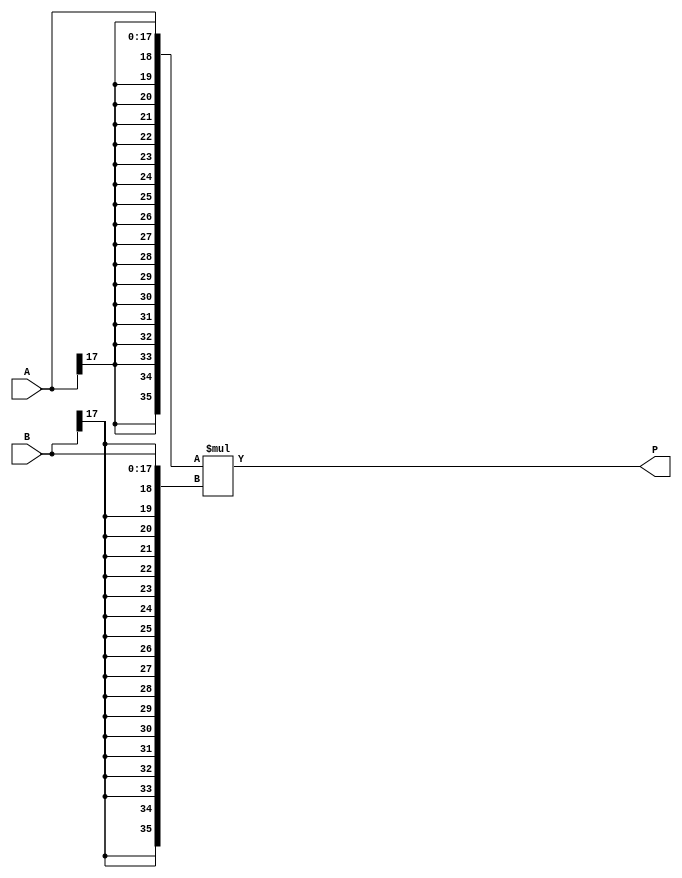
// $Header: /devl/xcs/repo/env/Databases/CAEInterfaces/verunilibs/s/MULT18X18.v,v 1.8.22.1 2003/11/18 20:41:37 wloo Exp $

/*

FUNCTION	: 18X18 Signed Multiplier

*/

`timescale  100 ps / 10 ps

module MULT18X18 (P, A, B);

    output [35:0] P;

    input  [17:0] A;
    input  [17:0] B;

    wire [35:0] a_in, b_in;
    reg [35:0] p_out;
    wire p0_out, p1_out, p2_out, p3_out, p4_out, p5_out, p6_out, p7_out, p8_out, p9_out, p10_out, p11_out, p12_out, p13_out, p14_out, p15_out, p16_out, p17_out, p18_out, p19_out, p20_out, p21_out, p22_out, p23_out, p24_out, p25_out, p26_out, p27_out, p28_out, p29_out, p30_out, p31_out, p32_out, p33_out, p34_out, p35_out;

    buf A0 (a_in[0], A[0]);
    buf A1 (a_in[1], A[1]);
    buf A2 (a_in[2], A[2]);
    buf A3 (a_in[3], A[3]);
    buf A4 (a_in[4], A[4]);
    buf A5 (a_in[5], A[5]);
    buf A6 (a_in[6], A[6]);
    buf A7 (a_in[7], A[7]);
    buf A8 (a_in[8], A[8]);
    buf A9 (a_in[9], A[9]);
    buf A10 (a_in[10], A[10]);
    buf A11 (a_in[11], A[11]);
    buf A12 (a_in[12], A[12]);
    buf A13 (a_in[13], A[13]);
    buf A14 (a_in[14], A[14]);
    buf A15 (a_in[15], A[15]);
    buf A16 (a_in[16], A[16]);
    buf A17 (a_in[17], A[17]);
    buf A18 (a_in[18], A[17]);
    buf A19 (a_in[19], A[17]);
    buf A20 (a_in[20], A[17]);
    buf A21 (a_in[21], A[17]);
    buf A22 (a_in[22], A[17]);
    buf A23 (a_in[23], A[17]);
    buf A24 (a_in[24], A[17]);
    buf A25 (a_in[25], A[17]);
    buf A26 (a_in[26], A[17]);
    buf A27 (a_in[27], A[17]);
    buf A28 (a_in[28], A[17]);
    buf A29 (a_in[29], A[17]);
    buf A30 (a_in[30], A[17]);
    buf A31 (a_in[31], A[17]);
    buf A32 (a_in[32], A[17]);
    buf A33 (a_in[33], A[17]);
    buf A34 (a_in[34], A[17]);
    buf A35 (a_in[35], A[17]);
    buf B0 (b_in[0], B[0]);
    buf B1 (b_in[1], B[1]);
    buf B2 (b_in[2], B[2]);
    buf B3 (b_in[3], B[3]);
    buf B4 (b_in[4], B[4]);
    buf B5 (b_in[5], B[5]);
    buf B6 (b_in[6], B[6]);
    buf B7 (b_in[7], B[7]);
    buf B8 (b_in[8], B[8]);
    buf B9 (b_in[9], B[9]);
    buf B10 (b_in[10], B[10]);
    buf B11 (b_in[11], B[11]);
    buf B12 (b_in[12], B[12]);
    buf B13 (b_in[13], B[13]);
    buf B14 (b_in[14], B[14]);
    buf B15 (b_in[15], B[15]);
    buf B16 (b_in[16], B[16]);
    buf B17 (b_in[17], B[17]);
    buf B18 (b_in[18], B[17]);
    buf B19 (b_in[19], B[17]);
    buf B20 (b_in[20], B[17]);
    buf B21 (b_in[21], B[17]);
    buf B22 (b_in[22], B[17]);
    buf B23 (b_in[23], B[17]);
    buf B24 (b_in[24], B[17]);
    buf B25 (b_in[25], B[17]);
    buf B26 (b_in[26], B[17]);
    buf B27 (b_in[27], B[17]);
    buf B28 (b_in[28], B[17]);
    buf B29 (b_in[29], B[17]);
    buf B30 (b_in[30], B[17]);
    buf B31 (b_in[31], B[17]);
    buf B32 (b_in[32], B[17]);
    buf B33 (b_in[33], B[17]);
    buf B34 (b_in[34], B[17]);
    buf B35 (b_in[35], B[17]);
    buf P0 (P[0], p0_out);
    buf P1 (P[1], p1_out);
    buf P2 (P[2], p2_out);
    buf P3 (P[3], p3_out);
    buf P4 (P[4], p4_out);
    buf P5 (P[5], p5_out);
    buf P6 (P[6], p6_out);
    buf P7 (P[7], p7_out);
    buf P8 (P[8], p8_out);
    buf P9 (P[9], p9_out);
    buf P10 (P[10], p10_out);
    buf P11 (P[11], p11_out);
    buf P12 (P[12], p12_out);
    buf P13 (P[13], p13_out);
    buf P14 (P[14], p14_out);
    buf P15 (P[15], p15_out);
    buf P16 (P[16], p16_out);
    buf P17 (P[17], p17_out);
    buf P18 (P[18], p18_out);
    buf P19 (P[19], p19_out);
    buf P20 (P[20], p20_out);
    buf P21 (P[21], p21_out);
    buf P22 (P[22], p22_out);
    buf P23 (P[23], p23_out);
    buf P24 (P[24], p24_out);
    buf P25 (P[25], p25_out);
    buf P26 (P[26], p26_out);
    buf P27 (P[27], p27_out);
    buf P28 (P[28], p28_out);
    buf P29 (P[29], p29_out);
    buf P30 (P[30], p30_out);
    buf P31 (P[31], p31_out);
    buf P32 (P[32], p32_out);
    buf P33 (P[33], p33_out);
    buf P34 (P[34], p34_out);
    buf P35 (P[35], p35_out);

    assign {p35_out, p34_out, p33_out, p32_out, p31_out, p30_out, p29_out, p28_out, p27_out, p26_out, p25_out, p24_out, p23_out, p22_out, p21_out, p20_out, p19_out, p18_out, p17_out, p16_out, p15_out, p14_out, p13_out, p12_out, p11_out, p10_out, p9_out, p8_out, p7_out, p6_out, p5_out, p4_out, p3_out, p2_out, p1_out, p0_out} = a_in * b_in;

    specify
	(A *> P) = (0, 0);
	(B *> P) = (0, 0);
    endspecify

endmodule